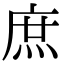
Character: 庶